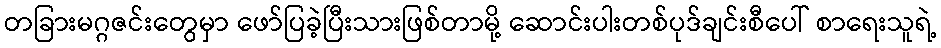
တခြားမဂ္ဂဇင်းတွေမှာ ဖော်ပြခဲ့ပြီးသားဖြစ်တာမို့ ဆောင်းပါးတစ်ပုဒ်ချင်းစီပေါ် စာရေးသူရဲ့